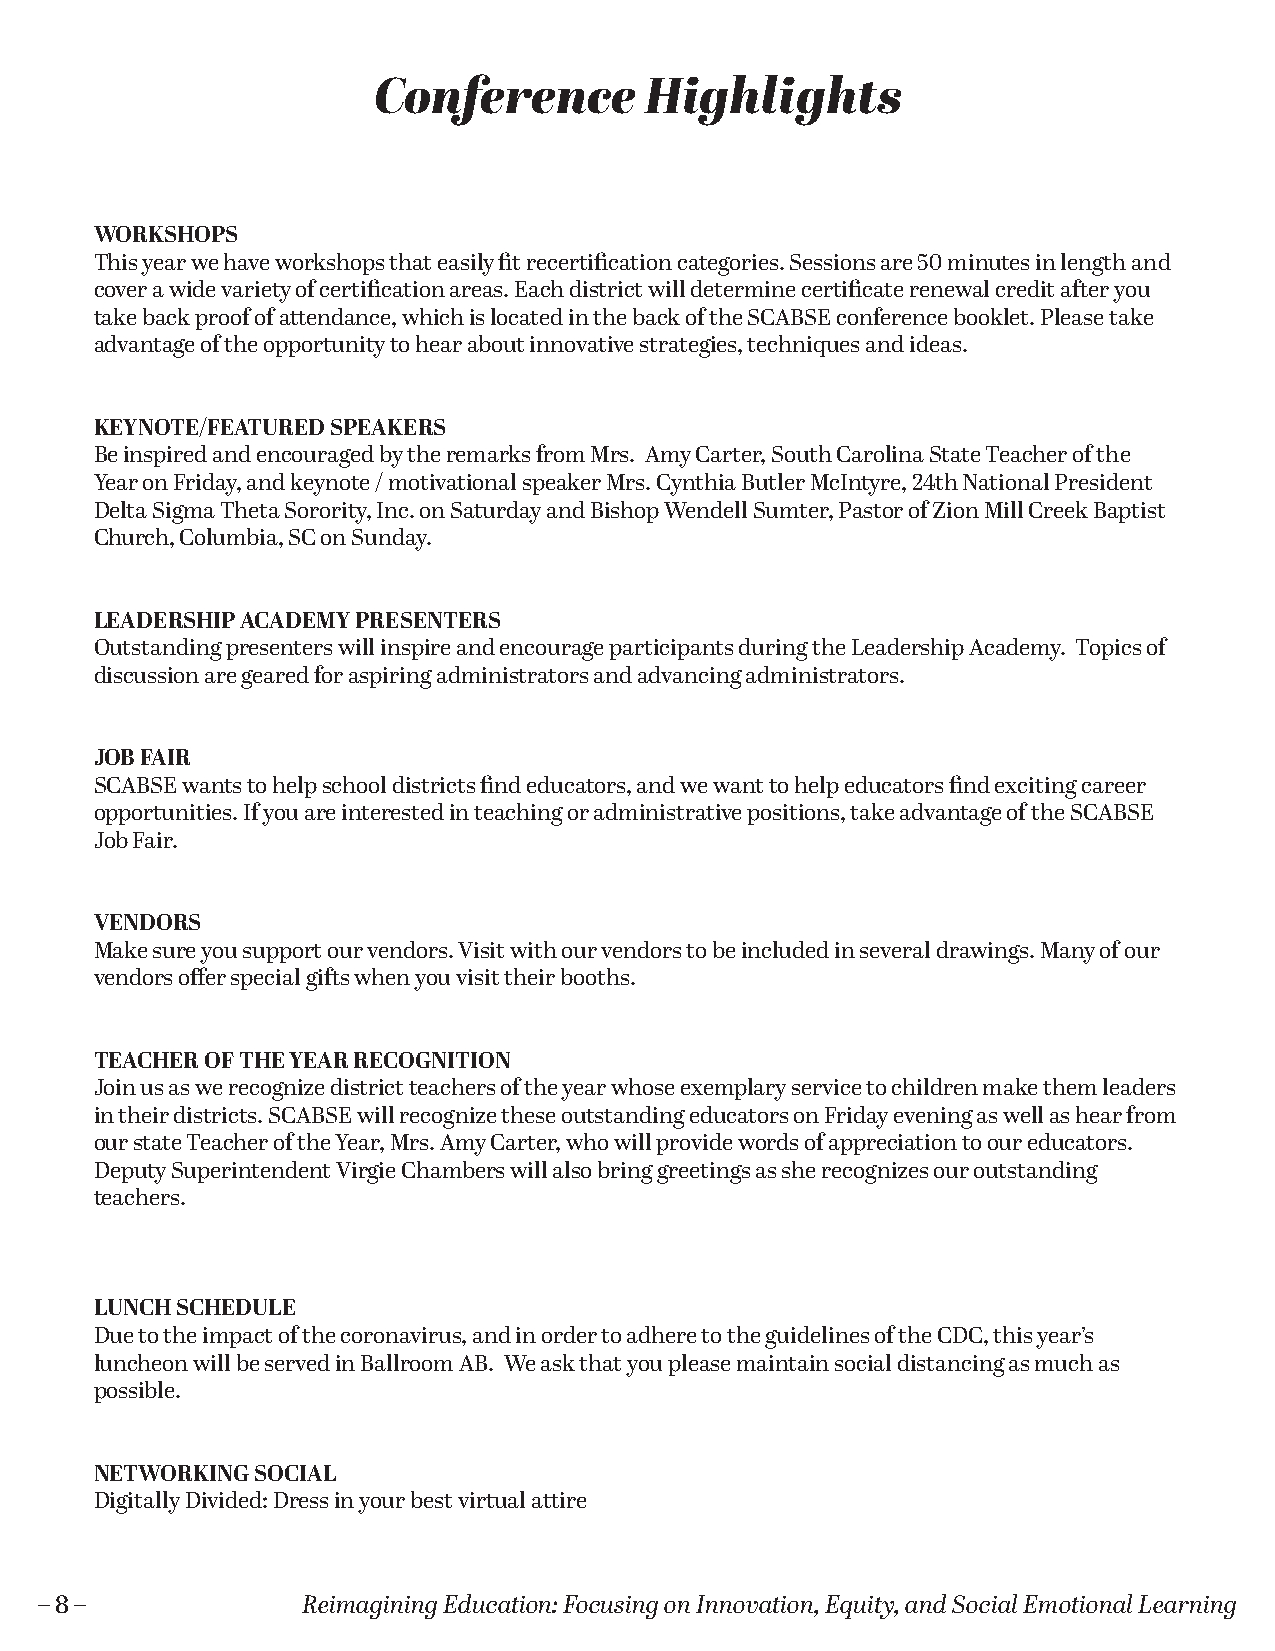
Conference        Highlights
 WORKSHOPS
 This year we have workshops that easily fit recertification categories. Sessions are 50 minutes in length and
 cover a wide variety of certification areas. Each district will determine certificate renewal credit after you
 take back proof of attendance, which is located in the back of the SCABSE conference booklet. Please take
 advantage of the opportunity to hear about innovative strategies, techniques and ideas.
 KEYNOTE/FEATURED SPEAKERS
 Be inspired and encouraged by the remarks from Mrs. Amy Carter, South Carolina State Teacher of the
 Year on Friday, and keynote / motivational speaker Mrs. Cynthia Butler McIntyre, 24th National President
 Delta Sigma Theta Sorority, Inc. on Saturday and Bishop Wendell Sumter, Pastor of Zion Mill Creek Baptist
 Church, Columbia, SC on Sunday.
 LEADERSHIP ACADEMY PRESENTERS
 Outstanding presenters will inspire and encourage participants during the Leadership Academy. Topics of
 discussion are geared for aspiring administrators and advancing administrators.
 JOB FAIR
 SCABSE wants to help school districts find educators, and we want to help educators find exciting career
 opportunities. If you are interested in teaching or administrative positions, take advantage of the SCABSE
 Job Fair.
 VENDORS
 Make sure you support our vendors. Visit with our vendors to be included in several drawings. Many of our
 vendors offer special gifts when you visit their booths.
 TEACHER OF THE YEAR RECOGNITION
 Join us as we recognize district teachers of the year whose exemplary service to children make them leaders
 in their districts. SCABSE will recognize these outstanding educators on Friday evening as well as hear from
 our state Teacher of the Year, Mrs. Amy Carter, who will provide words of appreciation to our educators.
 Deputy Superintendent Virgie Chambers will also bring greetings as she recognizes our outstanding
 teachers.
 LUNCH SCHEDULE
 Due to the impact of the coronavirus, and in order to adhere to the guidelines of the CDC, this year’s
 luncheon will be served in Ballroom AB. We ask that you please maintain social distancing as much as
 possible.
 NETWORKING SOCIAL
 Digitally Divided: Dress in your best virtual attire
 – 8 –             Reimagining Education: Focusing on Innovation, Equity, and Social Emotional Learning